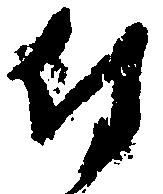
付